Annual report on the working of the lock hospitals in the North-Western Provinces and Oudh
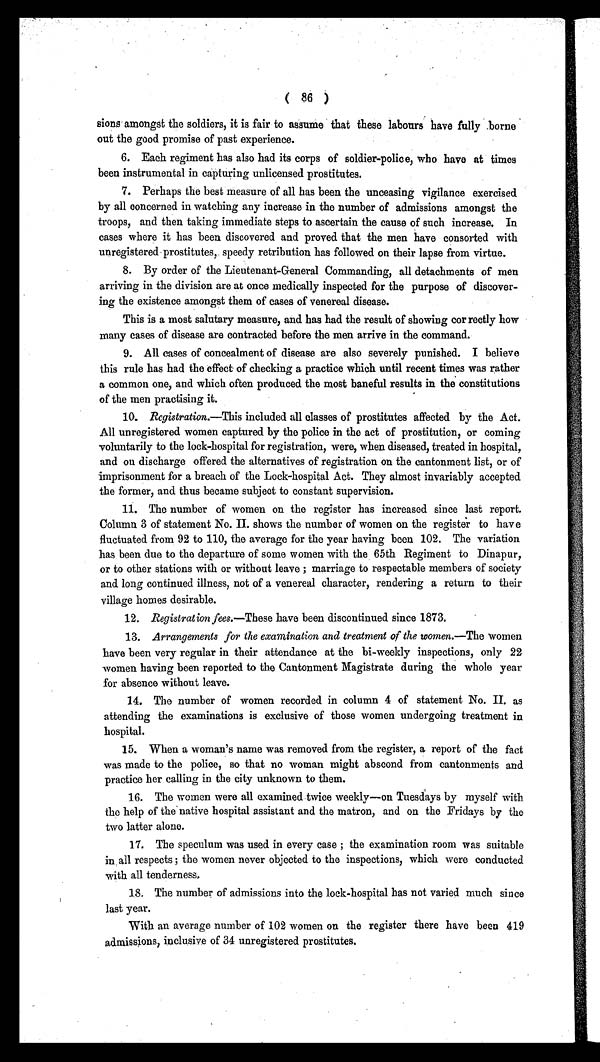
( 86 )
sions amongst the soldiers, it is fair to assume that these labours have fully .borne
out the good promise of past experience.
6. Each regiment has also had its corps of soldier-police, who have at times
been instrumental in capturing unlicensed prostitutes.
7. Perhaps the best measure of all has been the unceasing vigilance exercised
by all concerned in watching any increase in the number of admissions amongst the
troops, and then taking immediate steps to ascertain the cause of such increase. In
cases where it has been discovered and proved that the men have consorted with
unregistered prostitutes, speedy retribution has followed on their lapse from virtue.
8. By order of the Lieutenant-General Commanding, all detachments of men
arriving in the division are at once medically inspected for the purpose of discover-
ing the existence amongst them of cases of venereal disease.
This is a most salutary measure, and has had the result of showing correctly how
many cases of disease are contracted before the men arrive in the command.
9. All cases of concealment of disease are also severely punished. I believe
this rule has had the effect of checking a practice which until recent times was rather
a common one, and which often produced the most baneful results in the constitutions
of the men practising it.
10. Registration.—This included all classes of prostitutes affected by the Act.
All unregistered women captured by the police in the act of prostitution, or coming
voluntarily to the lock-hospital for registration, were, when diseased, treated in hospital,
and on discharge offered the alternatives of registration on the cantonment list, or of
imprisonment for a breach of the Lock-hospital Act. They almost invariably accepted
the former, and thus became subject to constant supervision.
11. The number of women on the register has increased since last report.
Column 3 of statement No. II. shows the number of women on the register to have
fluctuated from 92 to 110, the average for the year having been 102. The variation
has been due to the departure of some women with the 65th Regiment to Dinapur,
or to other stations with or without leave ; marriage to respectable members of society
and long continued illness, not of a venereal character, rendering a return to their
village homes desirable.
12. Registration fees.—These have been discontinued since 1873.
13. Arrangements for the examination and treatment of the women .—The women
have been very regular in their attendance at the bi-weekly inspections, only 22
women having been reported to the Cantonment Magistrate during the whole year
for absence without leave.
14. The number of women recorded in column 4 of statement No. II. as
attending the examinations is exclusive of those women undergoing treatment in
hospital.
15. When a woman's name was removed from the register, a report of the fact
was made to the police, so that no woman might abscond from cantonments and
practice her calling in the city unknown to them.
16. The women were all examined twice weekly—on Tuesdays by myself with
the help of the native hospital assistant and the matron, and on the Fridays by the
two latter alone.
17. The speculum was used in every case ; the examination room was suitable
in all respects ; the women never objected to the inspections, which were conducted
with all tenderness.
18. The number of admissions into the lock-hospital has not varied much since
last year.
With an average number of 102 women on the register there have been 419
admissions, inclusive of 34 unregistered prostitutes.